Reports on dispensaries and lunatic asylums in the Province of Oudh - 1869-1876
Year: 1869
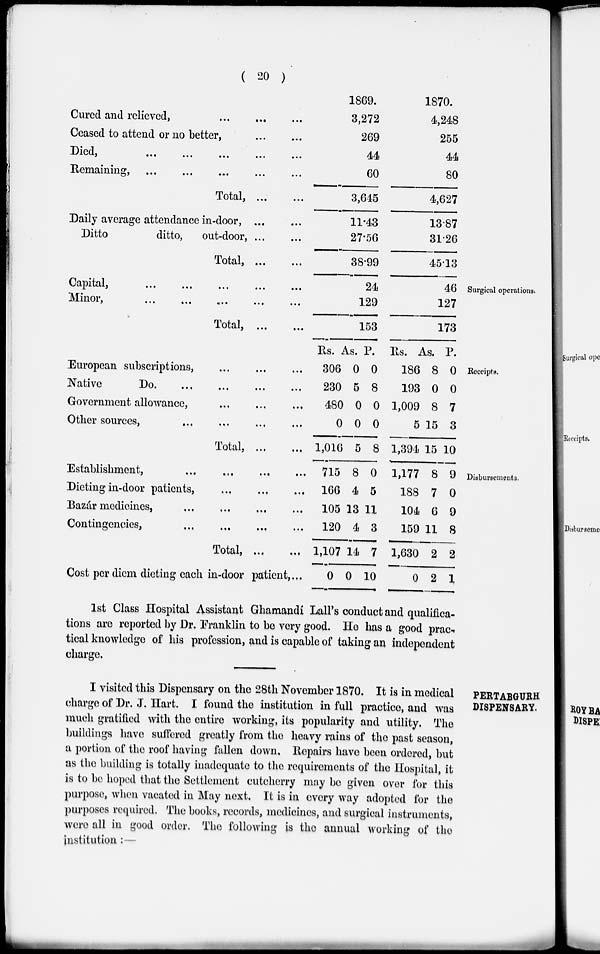
( 20 )
Cured and relieved, ... ... ...
Ceased to attend or no better,
...
...
Died,
...
...
...
...
...
Remaining, ... ... ... ... ...
Total, ... ...
Daily average attendance in-door,
...
...
Ditto
ditto,
out-door, ... ...
Total,
...
...
1869.
3,272
269
44
60
3,645
11.43
27.56
38.99
1870.
4,248
255
44
80
4,627
13.87
31.26
45.13
Surgical operations.
Capital,
...
...
...
...
...
Minor,
...
...
...
...
...
Total, ...
...
24
129
153
46
127
173
Receipts.
European subscriptions,
...
...
...
Native
Do
...
...
...
...
Government allowance, ... ... ...
Other sources, ... ... ... ...
Total,
...
...
Rs.
306
230
480
0
1,016
As.
0
5
0
0
5
P.
0
8
0
0
8
Rs.
186
193
1,009
5
1,394
As.
8
0
8
15
15
P.
0
0
7
3
10
Disbursements.
Establishment,
...
...
...
...
Dieting in-door patients, ... ... ...
Bazár medicines, ... ... ... ...
Contingencies,
...
...
...
...
Total,
...
...
Cost per diem dieting each in-door patient, ...
715
166
105
120
1,107
0
8
4
13
4
14
0
0
5
11
3
7
10
1,177
188
104
159
1,630
0
8
7
6
11
2
2
9
0
9
8
2
1
1st Class Hospital Assistant Ghamandi Lall's conduct and qualifica-
tions are reported by Dr. Franklin to be very good. He has a good prac-
tical knowledge of his profession, and is capable of taking an independent
charge.
PERTABGURH
DISPENSARY.
I visited this Dispensary on the 28th November 1870. It is in medical
charge of Dr. J. Hart. I found the institution in full practice, and was
much gratified with the entire working, its popularity and utility. The
buildings have suffered greatly from the heavy rains of the past season,
a portion of the roof having fallen down. Repairs have been ordered, but
as the building is totally inadequate to the requirements of the Hospital, it
is to be hoped that the Settlement cutcherry may be given over for this
purpose, when vacated in May next. It is in every way adopted for the
purposes required. The books, records, medicines, and surgical instruments,
were all in good order. The following is the annual working of the
institution : —